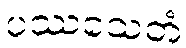
ပဿသေတံ